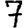
Digit: 7